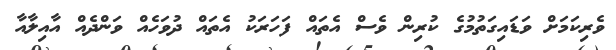
ވެރިކަމަށް ވަޑައިގަތުމުގެ ކުރިން ވެސް އެތައް ފަހަރަކު އެތައް ދުވަހެއް ވަންދެއް އާއިލާއާ